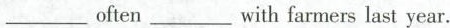
___ often ___ with farmers last year.